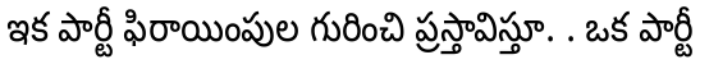
ఇక పార్టీ ఫిరాయింపుల గురించి ప్రస్తావిస్తూ. . ఒక పార్టీ